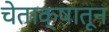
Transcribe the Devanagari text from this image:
चेताक्षातून